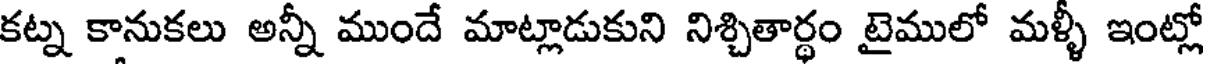
కట్న కానుకలు అన్నీ ముందే మాట్లాడుకుని నిశ్చితార్థం టైములో మళ్ళీ ఇంట్లో